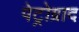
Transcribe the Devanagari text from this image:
पेट्रोग्राद